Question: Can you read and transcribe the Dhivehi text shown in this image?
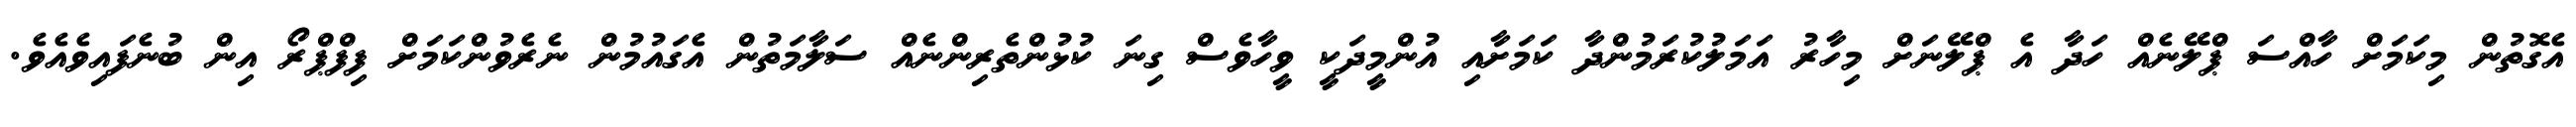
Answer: އެގޮތުން މިކަމަށް ހާއްސަ ޕްލޭނެއް ހަދާ އެ ޕްލޭނަށް މިހާރު އަމަލުކުރަމުންދާ ކަމަށާއި އުންމީދަކީ ވީހާވެސް ގިނަ ކުޅުންތެރިންނެއް ސަލާމަތުން އެގައުމުން ނެރެވުންކަމަށް ފިފްޕްރޯ އިން ބުނެފައިވެއެވެ.